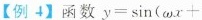
【例4】函数$$y = \sin ( ω x +